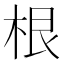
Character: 根